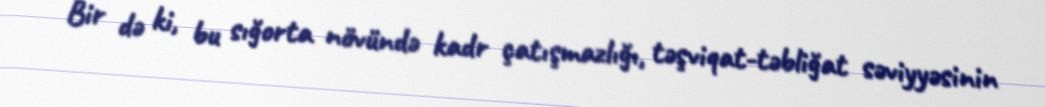
Bir də ki, bu sığorta növündə kadr çatışmazlığı, təşviqat-təbliğat səviyyəsinin